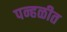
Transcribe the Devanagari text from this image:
पन्हळीत